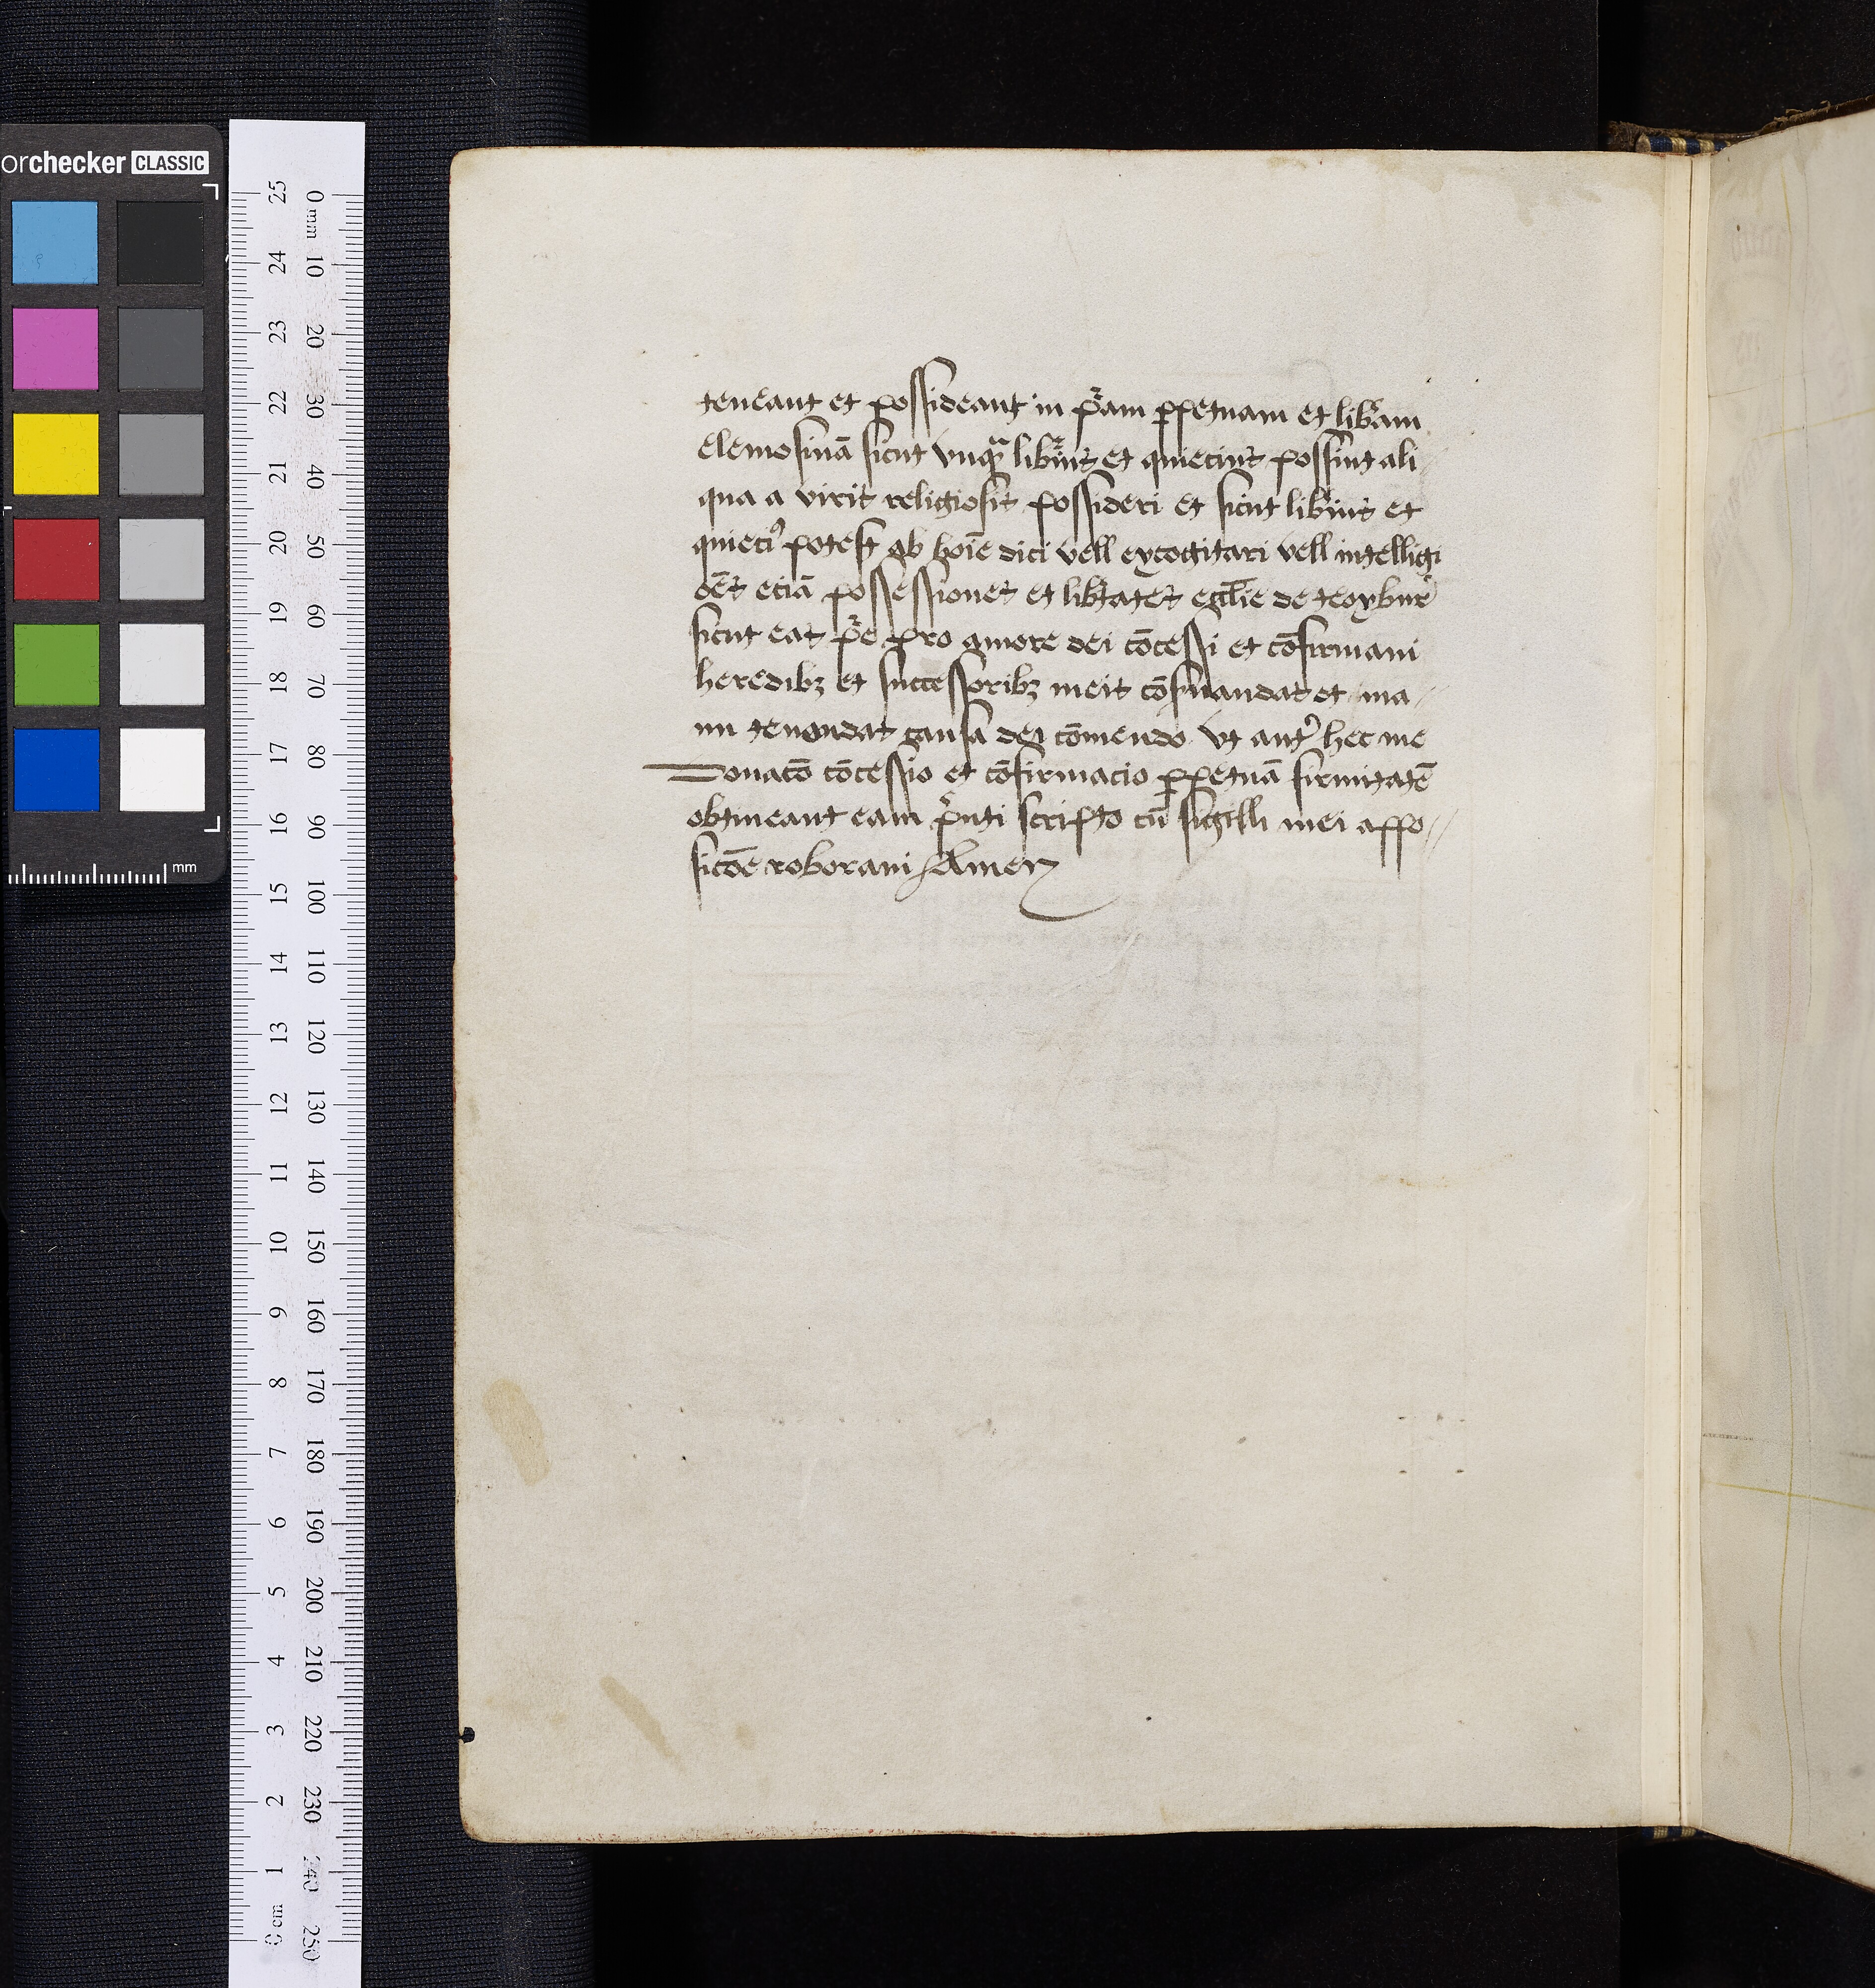
Shelfmark: Oxford, Bodleian Library, ms. Top. Glouc. d. 2
Century: 16